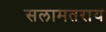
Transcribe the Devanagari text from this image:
सलामतराय